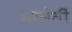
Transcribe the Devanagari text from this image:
भरलेलीं